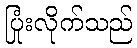
ပြုံးလိုက်သည်